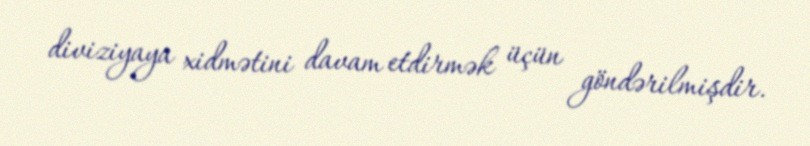
diviziyaya xidmətini davam etdirmək üçün göndərilmişdir.